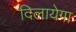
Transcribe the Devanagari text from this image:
दिलायेगा